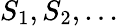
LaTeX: S_{1},S_{2},...